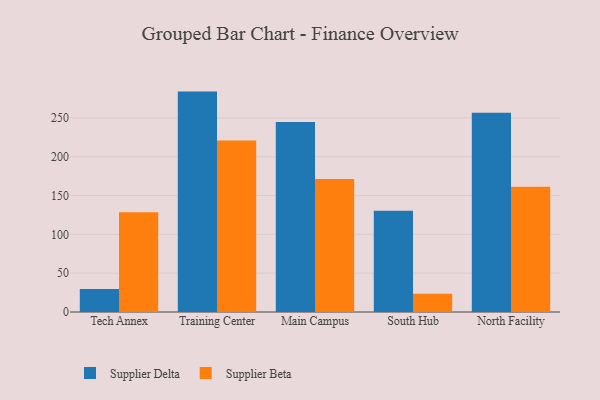
{"axis": {"x": "Campus", "y": "Active Users"}, "legend": ["Supplier Beta", "Supplier Delta"], "data": [{"x": "Tech Annex", "y": 29.5, "type": "Supplier Delta"}, {"x": "Tech Annex", "y": 128.6, "type": "Supplier Beta"}, {"x": "Training Center", "y": 283.9, "type": "Supplier Delta"}, {"x": "Training Center", "y": 221.0, "type": "Supplier Beta"}, {"x": "Main Campus", "y": 244.7, "type": "Supplier Delta"}, {"x": "Main Campus", "y": 171.3, "type": "Supplier Beta"}, {"x": "South Hub", "y": 130.3, "type": "Supplier Delta"}, {"x": "South Hub", "y": 23.6, "type": "Supplier Beta"}, {"x": "North Facility", "y": 256.6, "type": "Supplier Delta"}, {"x": "North Facility", "y": 161.3, "type": "Supplier Beta"}]}